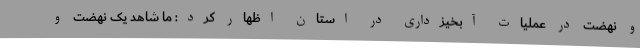
و نهضت در عملیات آبخیزداری در استان اظهار کرد: ما شاهد یک نهضت و